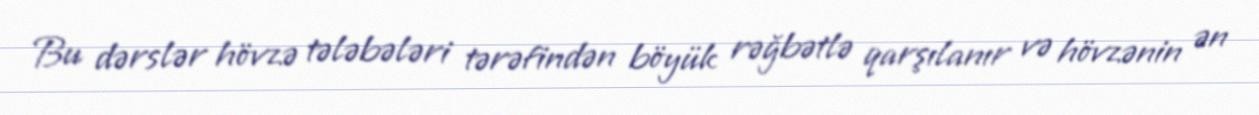
Bu dərslər hövzə tələbələri tərəfindən böyük rəğbətlə qarşılanır və hövzənin ən